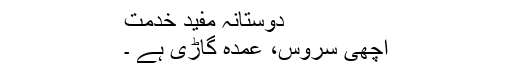
دوستانہ مفید خدمت
اچھی سروس، عمدہ گاڑی ہے ۔